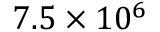
7 . 5 \times 1 0 ^ { 6 }